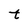
Character: t